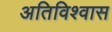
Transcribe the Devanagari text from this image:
अतिविश्वास